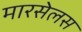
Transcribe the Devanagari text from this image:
मारसेलस